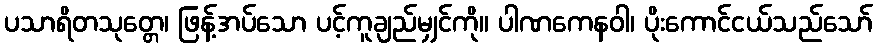
ပသာရိတသုတ္တေ၊ ဖြန့်အပ်သော ပင့်ကူချည်မျှင်ကို။ ပါဏကေနဝါ၊ ပိုးကောင်ငယ်သည်သော်